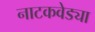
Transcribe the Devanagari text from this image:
नाटकवेड्या